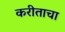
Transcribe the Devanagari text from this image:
करीताचा